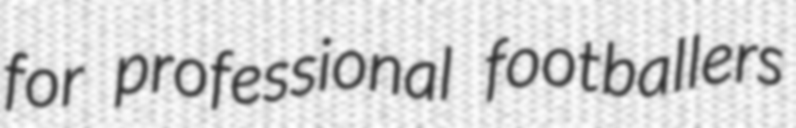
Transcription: for professional footballers